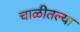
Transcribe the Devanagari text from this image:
चाळीतल्या